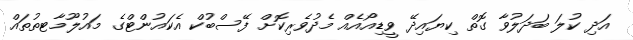
އަދި ކުލަ ބަދަލުވާ ގޮތް ކިޔައިދޭ ވީޑިއޯއެއް މެދުވެރިކޮށް ފޭސްބުކް އެކައުންޓްގެ މައުލޫމާޓތުތައް